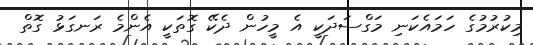
މިކުރުމުގެ ހަމައެކަނި މަގްސަދަކީ އެ މީހުން ދެކޭ ގޮތަކީ އެންމެ ރަނގަޅު ގޮތް